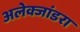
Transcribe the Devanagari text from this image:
अलेक्जांडरा